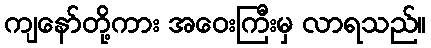
ကျနော်တို့ကား အဝေးကြီးမှ လာရသည်။